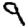
Digit: 9